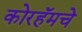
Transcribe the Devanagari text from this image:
कोरहॅमचे